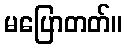
မပြောတတ်။